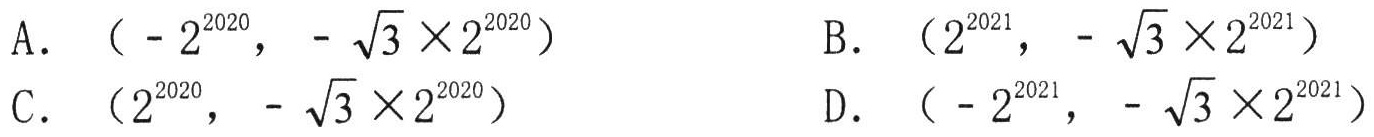
A. \(( - 2^{2020}, -\sqrt{3} \times 2^{2020})\)
B. \((2^{2021}, -\sqrt{3} \times 2^{2021})\)
C. \((2^{2020}, -\sqrt{3} \times 2^{2020})\)
D. \(( - 2^{2021}, -\sqrt{3} \times 2^{2021})\)